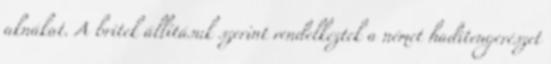
aknákat. A britek állításuk szerint rendelkeztek a német haditengerészet